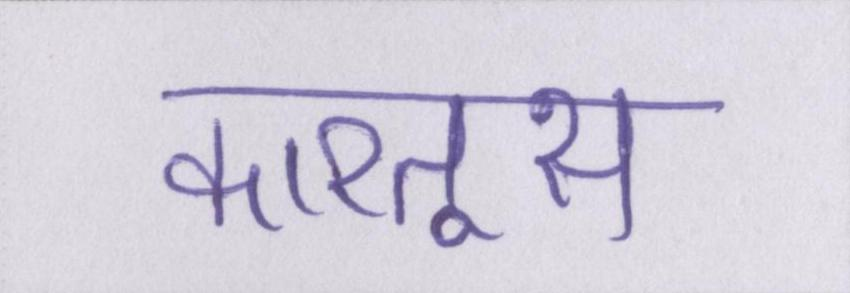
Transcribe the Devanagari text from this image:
कारतूस